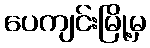
ပေကျင်းမြို့မှ